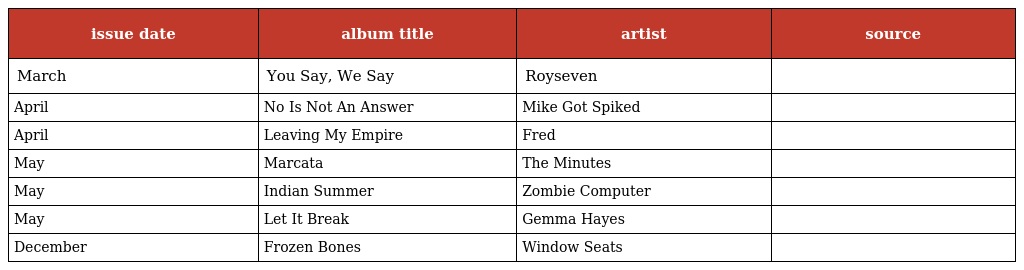
| issue date | album title | artist | source |
 | --- | --- | --- | --- |
 | March | You Say, We Say | Royseven |  |
 | April | No Is Not An Answer | Mike Got Spiked |  |
 | April | Leaving My Empire | Fred |  |
 | May | Marcata | The Minutes |  |
 | May | Indian Summer | Zombie Computer |  |
 | May | Let It Break | Gemma Hayes |  |
 | December | Frozen Bones | Window Seats |  |